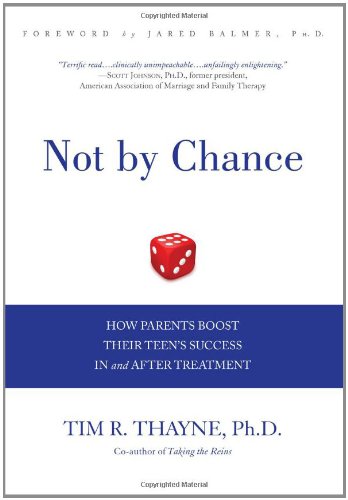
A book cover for Not by Chance: How Parents Boost Their Teen's Success In and After Treatment; Tim Thayne; Self-Help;